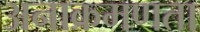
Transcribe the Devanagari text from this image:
अनाक्रमणता